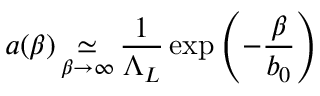
a ( \beta ) \mathop \simeq _ { \beta \to \infty } \frac { 1 } { \Lambda _ { L } } \exp \left( - \frac { \beta } { b _ { 0 } } \right)